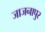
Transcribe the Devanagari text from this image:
जाजनापुर